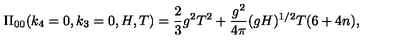
\Pi _ { 0 0 } ( k _ { 4 } = 0 , k _ { 3 } = 0 , H , T ) = \frac { 2 } { 3 } g ^ { 2 } T ^ { 2 } + \frac { g ^ { 2 } } { 4 \pi } ( g H ) ^ { 1 / 2 } T ( 6 + 4 n ) ,